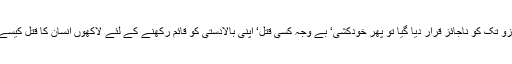
جب موت کی آرزو تک کو ناجائز قرار دیا گیا تو پھر خودکشی‘ بے وجہ کسی قتل‘ اپنی بالادستی کو قائم رکھنے کے لئے لاکھوں انسان کا قتل کیسے روا ہوسکتا ہے۔